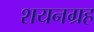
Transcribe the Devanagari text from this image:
शयनग्रह